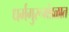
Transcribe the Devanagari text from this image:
धर्मगुरूमंडळात